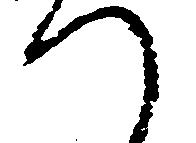
つ